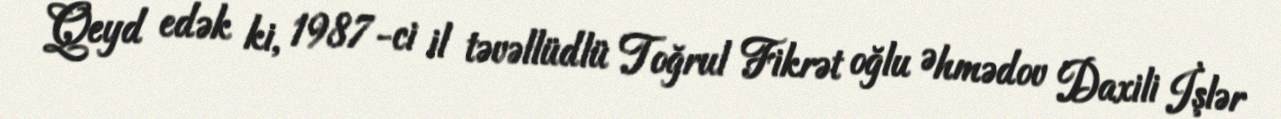
Qeyd edək ki, 1987-ci il təvəllüdlü Toğrul Fikrət oğlu Əhmədov Daxili İşlər